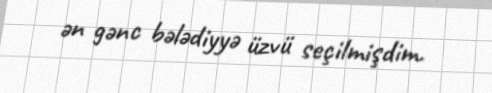
ən gənc bələdiyyə üzvü seçilmişdim.